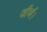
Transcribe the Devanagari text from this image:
जीर्ण।